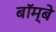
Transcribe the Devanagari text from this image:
बॉम्‍बे